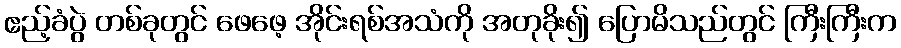
ဧည့်ခံပွဲ တစ်ခုတွင် ဖေဖေ့ အိုင်းရစ်အသံကို အတုခိုး၍ ပြောမိသည်တွင် ကြီးကြီးက